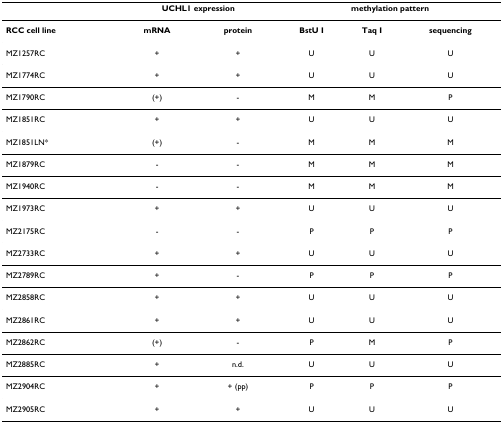
<table><thead><tr><td>[EMPTY_CELL]</td><td colspan="2"><b>UCHL1 expression</b></td><td colspan="3"><b>Methylation pattern</b></td></tr></thead><tbody><tr><td><b>RCC cell line</b></td><td><b>mRNA</b></td><td><b>protein</b></td><td><b>BstU I</b></td><td><b>Taq I</b></td><td><b>sequencing</b></td></tr><tr><td>MZ1257RC</td><td>+</td><td>+</td><td>U</td><td>U</td><td>U</td></tr><tr><td>MZ1774RC</td><td>+</td><td>+</td><td>U</td><td>U</td><td>U</td></tr><tr><td>MZ1790RC</td><td>(+)</td><td>-</td><td>M</td><td>M</td><td>P</td></tr><tr><td>MZ1851RC</td><td>+</td><td>+</td><td>U</td><td>U</td><td>U</td></tr><tr><td>MZ1851LN*</td><td>(+)</td><td>-</td><td>M</td><td>M</td><td>M</td></tr><tr><td>MZ1879RC</td><td>-</td><td>-</td><td>M</td><td>M</td><td>M</td></tr><tr><td>MZ1940RC</td><td>-</td><td>-</td><td>M</td><td>M</td><td>M</td></tr><tr><td>MZ1973RC</td><td>+</td><td>+</td><td>U</td><td>U</td><td>U</td></tr><tr><td>MZ2175RC</td><td>-</td><td>-</td><td>P</td><td>P</td><td>P</td></tr><tr><td>MZ2733RC</td><td>+</td><td>+</td><td>U</td><td>U</td><td>U</td></tr><tr><td>MZ2789RC</td><td>+</td><td>-</td><td>P</td><td>P</td><td>P</td></tr><tr><td>MZ2858RC</td><td>+</td><td>+</td><td>U</td><td>U</td><td>U</td></tr><tr><td>MZ2861RC</td><td>+</td><td>+</td><td>U</td><td>U</td><td>U</td></tr><tr><td>MZ2862RC</td><td>(+)</td><td>-</td><td>P</td><td>M</td><td>P</td></tr><tr><td>MZ2885RC</td><td>+</td><td>n.d.</td><td>U</td><td>U</td><td>U</td></tr><tr><td>MZ2904RC</td><td>+</td><td>+ (pp)</td><td>P</td><td>P</td><td>P</td></tr><tr><td>MZ2905RC</td><td>+</td><td>+</td><td>U</td><td>U</td><td>U</td></tr></tbody></table>